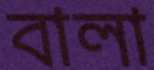
বালা